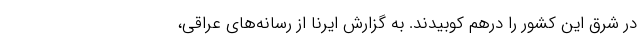
در شرق این کشور را درهم کوبیدند. به گزارش ایرنا از رسانه‌های عراقی،